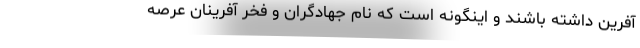
آفرین داشته باشند و اینگونه است که نام جهادگران و فخر آفرینان عرصه